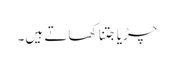
چڑیا جتنا کھاتے ہیں۔